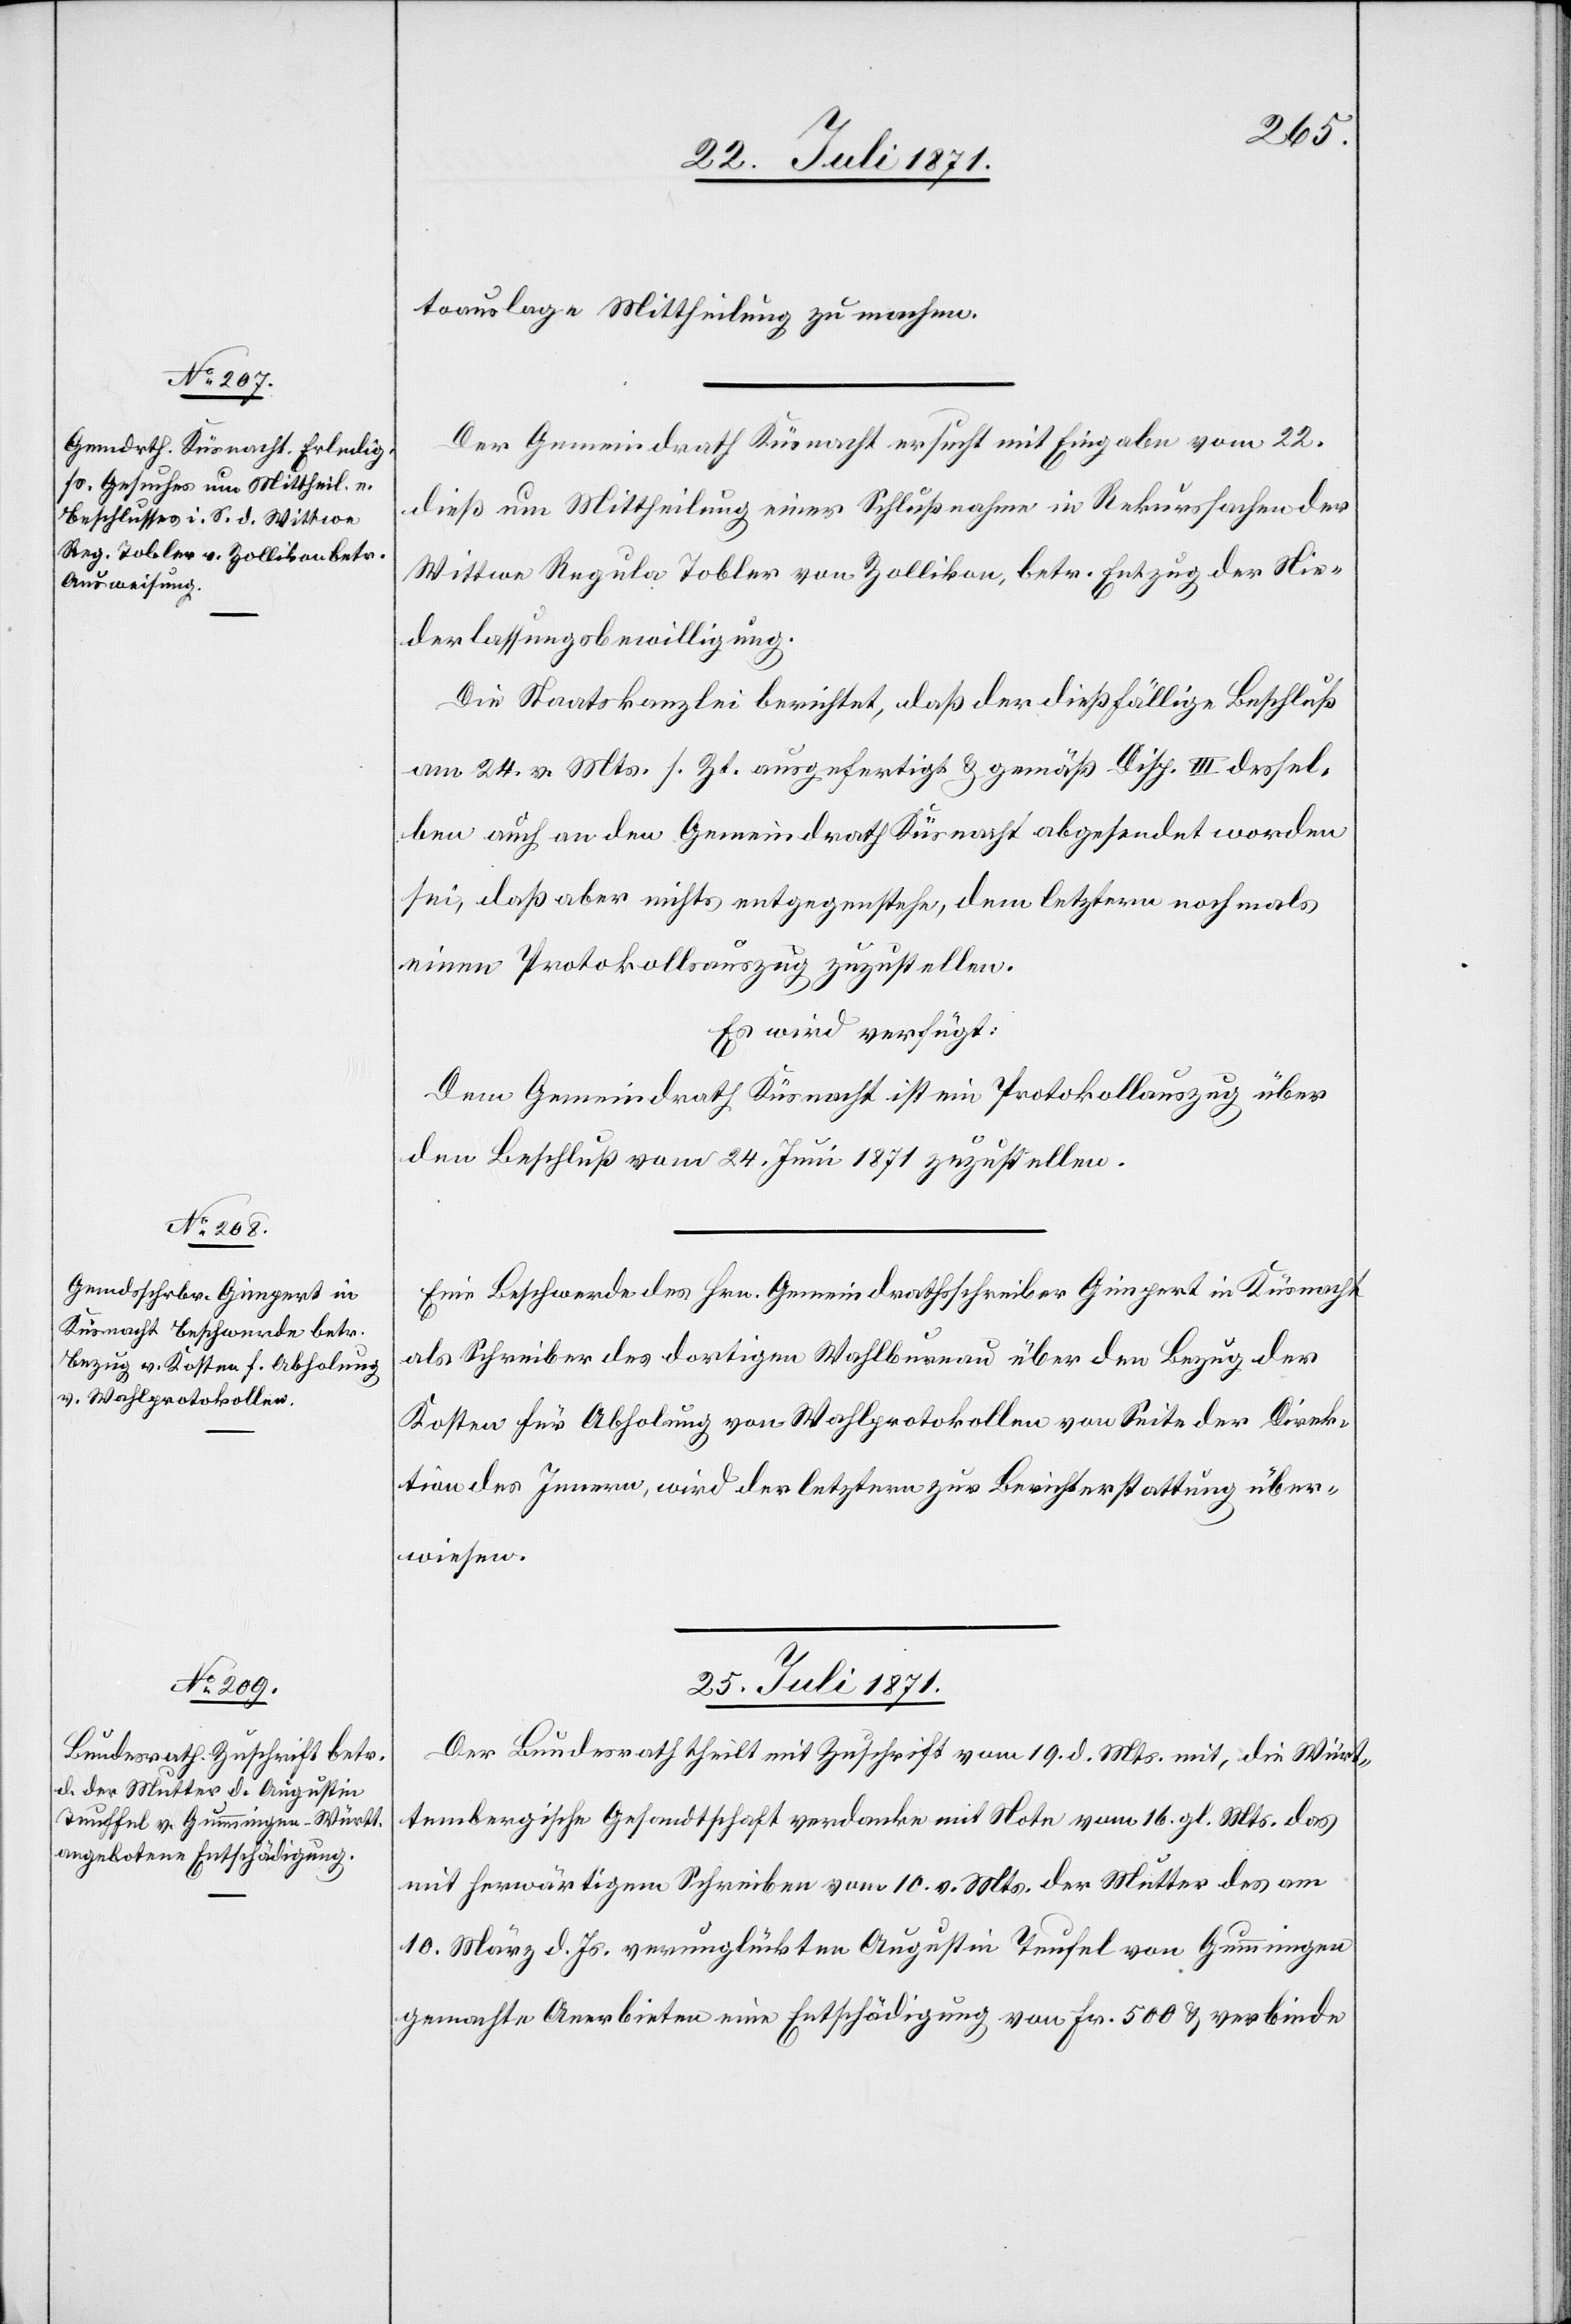
toauslage Mittheilung zu machen.
Der Gemeindrath Küsnacht ersucht mit Eingabe vom 22.
dieß um Mittheilung einer Schlußnahme in Rekurssachen der
Wittwe Regula Tobler von Zollikon, betr. Entzug der Nie¬
derlassungsbewilligung.
Die Staatskanzlei berichtet, daß der dießfällige Beschluß
am 24. v. Mts. s. Zt. ausgefertigt u. gemäß Disp. III dessel¬
ben auch an den Gemeindrath Küsnacht abgesendet worden
sei, daß aber nichts entgegenstehe, dem letztern nochmals
einen Protokollsauszug zuzustellen.
Es wird verfügt:
Dem Gemeindrath Küsnacht ist ein Protokollauszug über
den Beschluß vom 24. Juni 1871 zuzustellen.
Eine Beschwerde des Hrn. Gemeindrathsschreiber Gimpert in Küsnacht
als Schreiber des dortigen Wahlbureau über den Bezug der
Kosten für Abholung von Wahlprotokollen von Seite der Direk¬
tion des Innern, wird der letztern zur Berichterstattung über¬
wiesen.
25. Juli 1871.
Der Bundesrath theilt mit Zuschrift vom 19. d. Mts. mit, die Würt¬
tembergische Gesandtschaft verdanke mit Note vom 16. gl. Mts. das
mit herwärtigem Schreiben vom 10. v. Mts. der Mutter des am
10. März d. Js. verunglückten Augustin Teufel [sic!] von Gummingen
gemachte Anerbieten eine Entschädigung von Fr. 500 u. verbinde